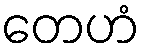
တေဟံ